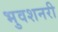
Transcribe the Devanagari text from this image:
भुवशनरी